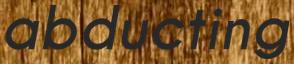
abducting